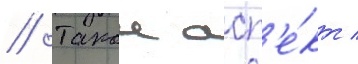
// Такои асп'е́кт /